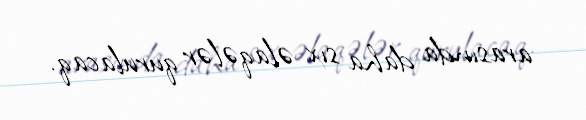
arasında daha sıx əlaqələr qurulacaq.